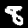
Digit: 8